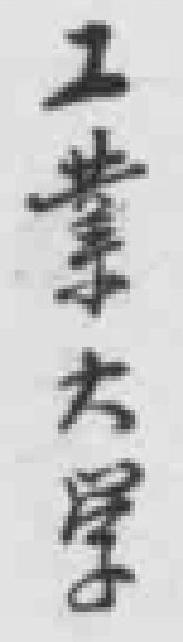
工業大学